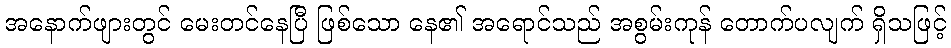
အနောက်ဖျားတွင် မေးတင်နေပြီ ဖြစ်သော နေ၏ အရောင်သည် အစွမ်းကုန် တောက်ပလျက် ရှိသဖြင့်